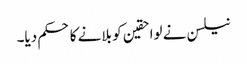
نیلسن نے لواحقین کو بلانے کا حکم دیا۔